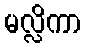
မလ္လိကာ